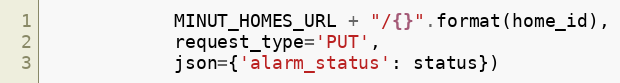
Language: Python
            MINUT_HOMES_URL + "/{}".format(home_id),
            request_type='PUT',
            json={'alarm_status': status})